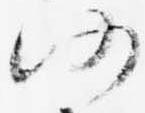
仍